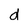
Character: d